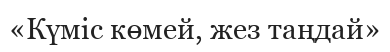
«Күміс көмей, жез таңдай»